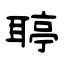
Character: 聤